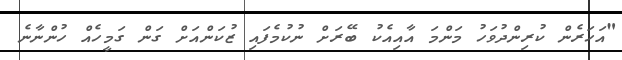
"އަހަރެން ކުރިންދުވަހު މަންމަ އާއިއެކު ބޭރަށް ނުކުމެފައި ޒުކަންއަށް ގަން ގަމީހެއް ހުންނާނެ